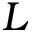
L